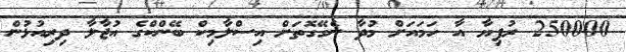
250000 ރުފިޔާ އާ ހަމައަށް މުދާ ނެގޭގޮތަށް އިސްލާމިކް ބޭންކްގެ އުޖާލާ ދިރިއުޅުން